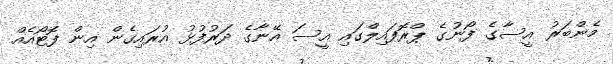
މެންބަރު އީސާގެ ފޯނުގެ ޕްރޮފައިލްގައި އީސަ އޭނާގެ ދަރުފުޅު އުރައިގެން އިން ފޮޓޯއެއް